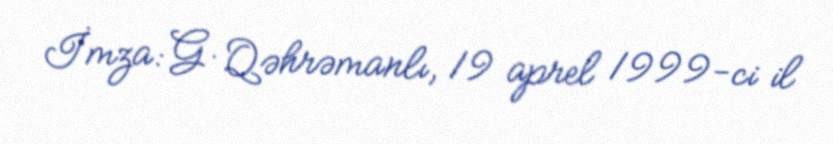
İmza: G. Qəhrəmanlı, 19 aprel 1999-ci il